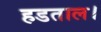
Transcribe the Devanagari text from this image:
हडताल।